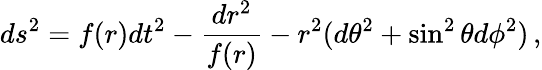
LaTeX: ds^{2}=f(r)dt^{2}-\frac{dr^{2}}{f(r)}-r^{2}(d\theta^{2}+\sin^{2}\theta d\phi^{2})\, ,